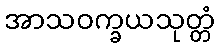
အာသဝက္ခယသုတ္တံ